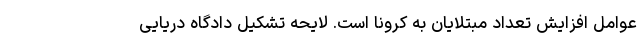
عوامل افزایش تعداد مبتلایان به کرونا است. لایحه تشکیل دادگاه دریایی